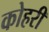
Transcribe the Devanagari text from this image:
कोहरी